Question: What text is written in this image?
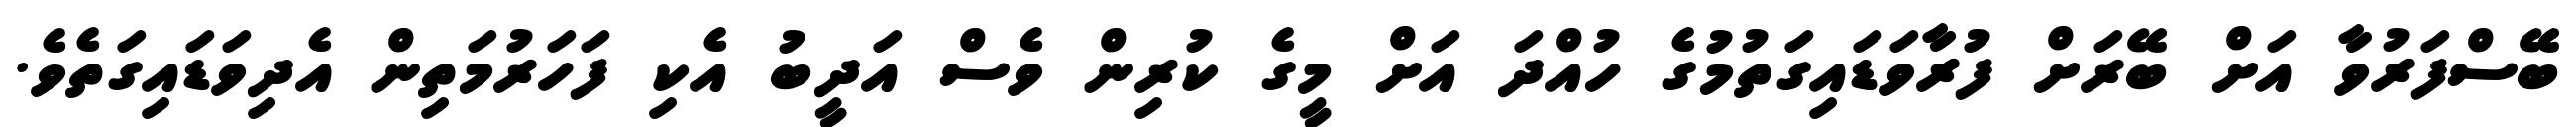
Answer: ބޭސްފަރުވާ އަށް ބޭރަށް ފުރާވަޑައިގަތުމުގެ ހުއްދަ އަށް މީގެ ކުރިން ވެސް އަދީބު އެކި ފަހަރުމަތިން އެދިވަޑައިގަތެވެ.